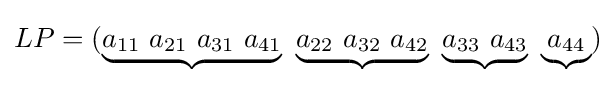
LP=(\underbrace {a_{11}\ a_{21}\ a_{31}\ a_{41}} \ \underbrace {a_{22}\ a_{32}\ a_{42}} \ \underbrace {a_{33}\ a_{43}} \ \underbrace {a_{44}} )